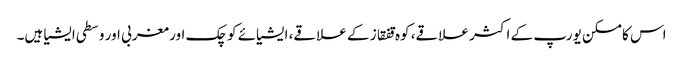
اس کا مسکن یورپ کے اکثر علاقے، کوہ قفقاز کے علاقے، ایشیائے کوچک اور مغربی اور وسطی ایشیا ہیں۔